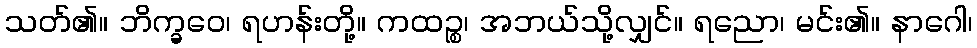
သတ်၏။ ဘိက္ခဝေ၊ ရဟန်းတို့။ ကထဉ္စ၊ အဘယ်သို့လျှင်။ ရညော၊ မင်း၏။ နာဂေါ၊